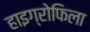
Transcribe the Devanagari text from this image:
हाइग्रोफिला